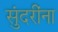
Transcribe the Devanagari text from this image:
सुंदरींना